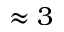
\approx 3